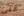
عبئ